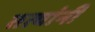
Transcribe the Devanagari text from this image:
तत्यांनी